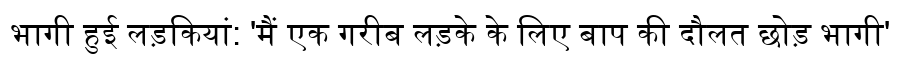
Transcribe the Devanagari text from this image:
भागी हुई लड़कियां: 'मैं एक गरीब लड़के के लिए बाप की दौलत छोड़ भागी'